Scientific memoirs by medical officers of the Army of India - Part VI,
Year: 1891
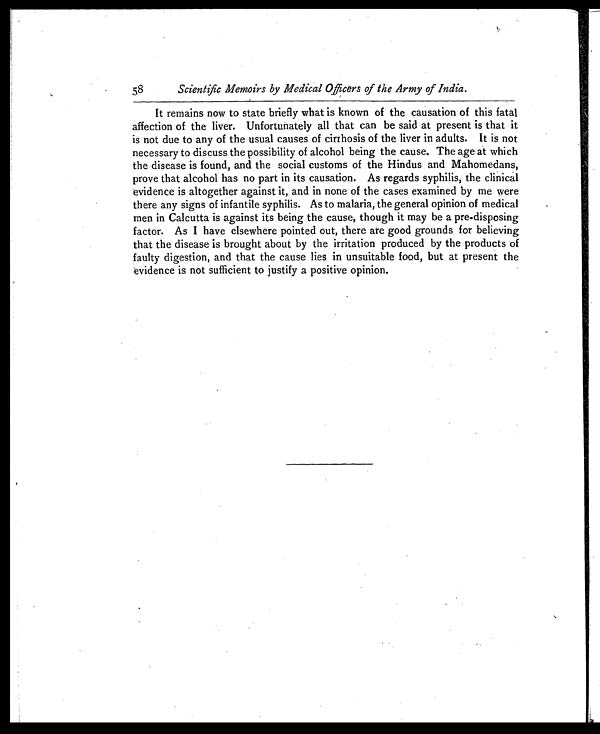
Scientific Memoirs by Medical Officers of the Army of India.
It remains now to state briefly what is known of the causation of this fatal
affection of the liver. Unfortunately all that can be said at present is that it
is not due to any of the usual causes of cirrhosis of the liver in adults. It is not
necessary to discuss the possibility of alcohol being the cause. The age at which
the disease is found, and the social customs of the Hindus and Mahomedans,
prove that alcohol has no part in its causation. As regards syphilis, the clinical
evidence is altogether against it, and in none of the cases examined by me were
there any signs of infantile syphilis. As to malaria, the general opinion of medical
men in Calcutta is against its being the cause, though it may be a pre-disposing
factor. As I have elsewhere pointed out, there are good grounds for believing
that the disease is brought about by the irritation produced by the products of
faulty digestion, and that the cause lies in unsuitable food, but at present the
evidence is not sufficient to justify a positive opinion.
58